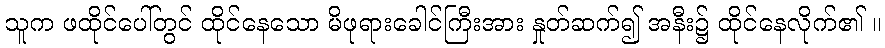
သူက ဖထိုင်ပေါ်တွင် ထိုင်နေသော မိဖုရားခေါင်ကြီးအား နှုတ်ဆက်၍ အနီး၌ ထိုင်နေလိုက်၏ ။